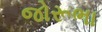
જોરૂભા